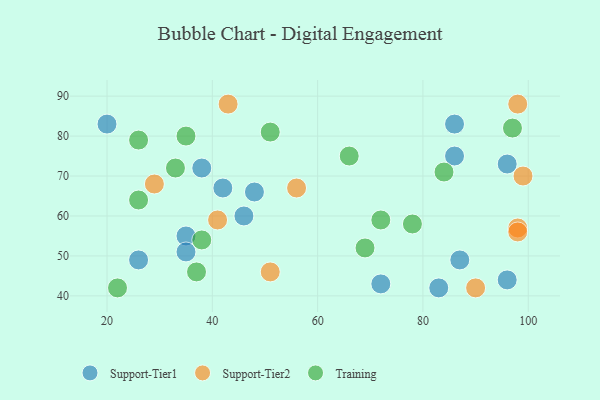
{"axis": {"x": "GDP", "y": "Life Expectancy"}, "legend": ["Support-Tier1", "Support-Tier2", "Training"], "data": [{"x": "87", "y": 49, "type": "Support-Tier1"}, {"x": "38", "y": 72, "type": "Support-Tier1"}, {"x": "83", "y": 42, "type": "Support-Tier1"}, {"x": "72", "y": 43, "type": "Support-Tier1"}, {"x": "42", "y": 67, "type": "Support-Tier1"}, {"x": "46", "y": 60, "type": "Support-Tier1"}, {"x": "26", "y": 49, "type": "Support-Tier1"}, {"x": "86", "y": 83, "type": "Support-Tier1"}, {"x": "96", "y": 44, "type": "Support-Tier1"}, {"x": "96", "y": 73, "type": "Support-Tier1"}, {"x": "86", "y": 75, "type": "Support-Tier1"}, {"x": "35", "y": 55, "type": "Support-Tier1"}, {"x": "20", "y": 83, "type": "Support-Tier1"}, {"x": "35", "y": 51, "type": "Support-Tier1"}, {"x": "48", "y": 66, "type": "Support-Tier1"}, {"x": "41", "y": 59, "type": "Support-Tier2"}, {"x": "99", "y": 70, "type": "Support-Tier2"}, {"x": "98", "y": 57, "type": "Support-Tier2"}, {"x": "98", "y": 88, "type": "Support-Tier2"}, {"x": "43", "y": 88, "type": "Support-Tier2"}, {"x": "90", "y": 42, "type": "Support-Tier2"}, {"x": "51", "y": 46, "type": "Support-Tier2"}, {"x": "29", "y": 68, "type": "Support-Tier2"}, {"x": "56", "y": 67, "type": "Support-Tier2"}, {"x": "98", "y": 56, "type": "Support-Tier2"}, {"x": "72", "y": 59, "type": "Training"}, {"x": "84", "y": 71, "type": "Training"}, {"x": "35", "y": 80, "type": "Training"}, {"x": "33", "y": 72, "type": "Training"}, {"x": "66", "y": 75, "type": "Training"}, {"x": "69", "y": 52, "type": "Training"}, {"x": "97", "y": 82, "type": "Training"}, {"x": "38", "y": 54, "type": "Training"}, {"x": "37", "y": 46, "type": "Training"}, {"x": "22", "y": 42, "type": "Training"}, {"x": "26", "y": 64, "type": "Training"}, {"x": "26", "y": 79, "type": "Training"}, {"x": "78", "y": 58, "type": "Training"}, {"x": "51", "y": 81, "type": "Training"}]}